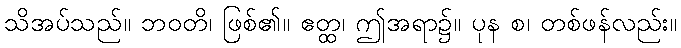
သိအပ်သည်။ ဘဝတိ၊ ဖြစ်၏။ ဧတ္ထ၊ ဤအရာ၌။ ပုန စ၊ တစ်ဖန်လည်း။